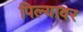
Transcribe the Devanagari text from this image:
पिल्यावर